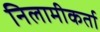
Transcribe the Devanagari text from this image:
निलामीकर्ता